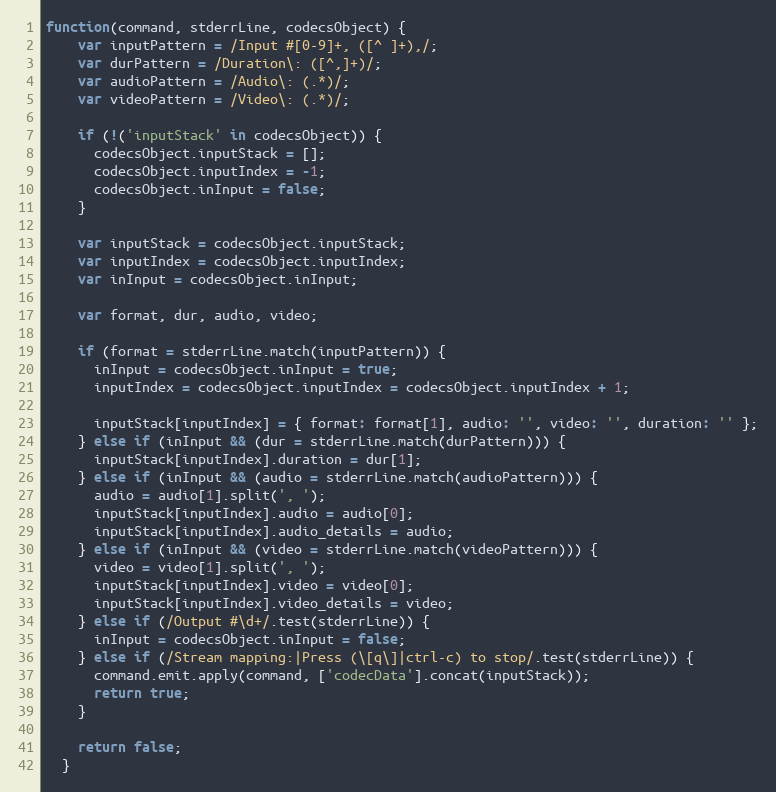
Language: JavaScript
function(command, stderrLine, codecsObject) {
    var inputPattern = /Input #[0-9]+, ([^ ]+),/;
    var durPattern = /Duration\: ([^,]+)/;
    var audioPattern = /Audio\: (.*)/;
    var videoPattern = /Video\: (.*)/;

    if (!('inputStack' in codecsObject)) {
      codecsObject.inputStack = [];
      codecsObject.inputIndex = -1;
      codecsObject.inInput = false;
    }

    var inputStack = codecsObject.inputStack;
    var inputIndex = codecsObject.inputIndex;
    var inInput = codecsObject.inInput;

    var format, dur, audio, video;

    if (format = stderrLine.match(inputPattern)) {
      inInput = codecsObject.inInput = true;
      inputIndex = codecsObject.inputIndex = codecsObject.inputIndex + 1;

      inputStack[inputIndex] = { format: format[1], audio: '', video: '', duration: '' };
    } else if (inInput && (dur = stderrLine.match(durPattern))) {
      inputStack[inputIndex].duration = dur[1];
    } else if (inInput && (audio = stderrLine.match(audioPattern))) {
      audio = audio[1].split(', ');
      inputStack[inputIndex].audio = audio[0];
      inputStack[inputIndex].audio_details = audio;
    } else if (inInput && (video = stderrLine.match(videoPattern))) {
      video = video[1].split(', ');
      inputStack[inputIndex].video = video[0];
      inputStack[inputIndex].video_details = video;
    } else if (/Output #\d+/.test(stderrLine)) {
      inInput = codecsObject.inInput = false;
    } else if (/Stream mapping:|Press (\[q\]|ctrl-c) to stop/.test(stderrLine)) {
      command.emit.apply(command, ['codecData'].concat(inputStack));
      return true;
    }

    return false;
  }